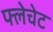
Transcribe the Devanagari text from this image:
फ्लेचेट